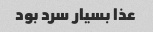
عذا بسیار سرد بود